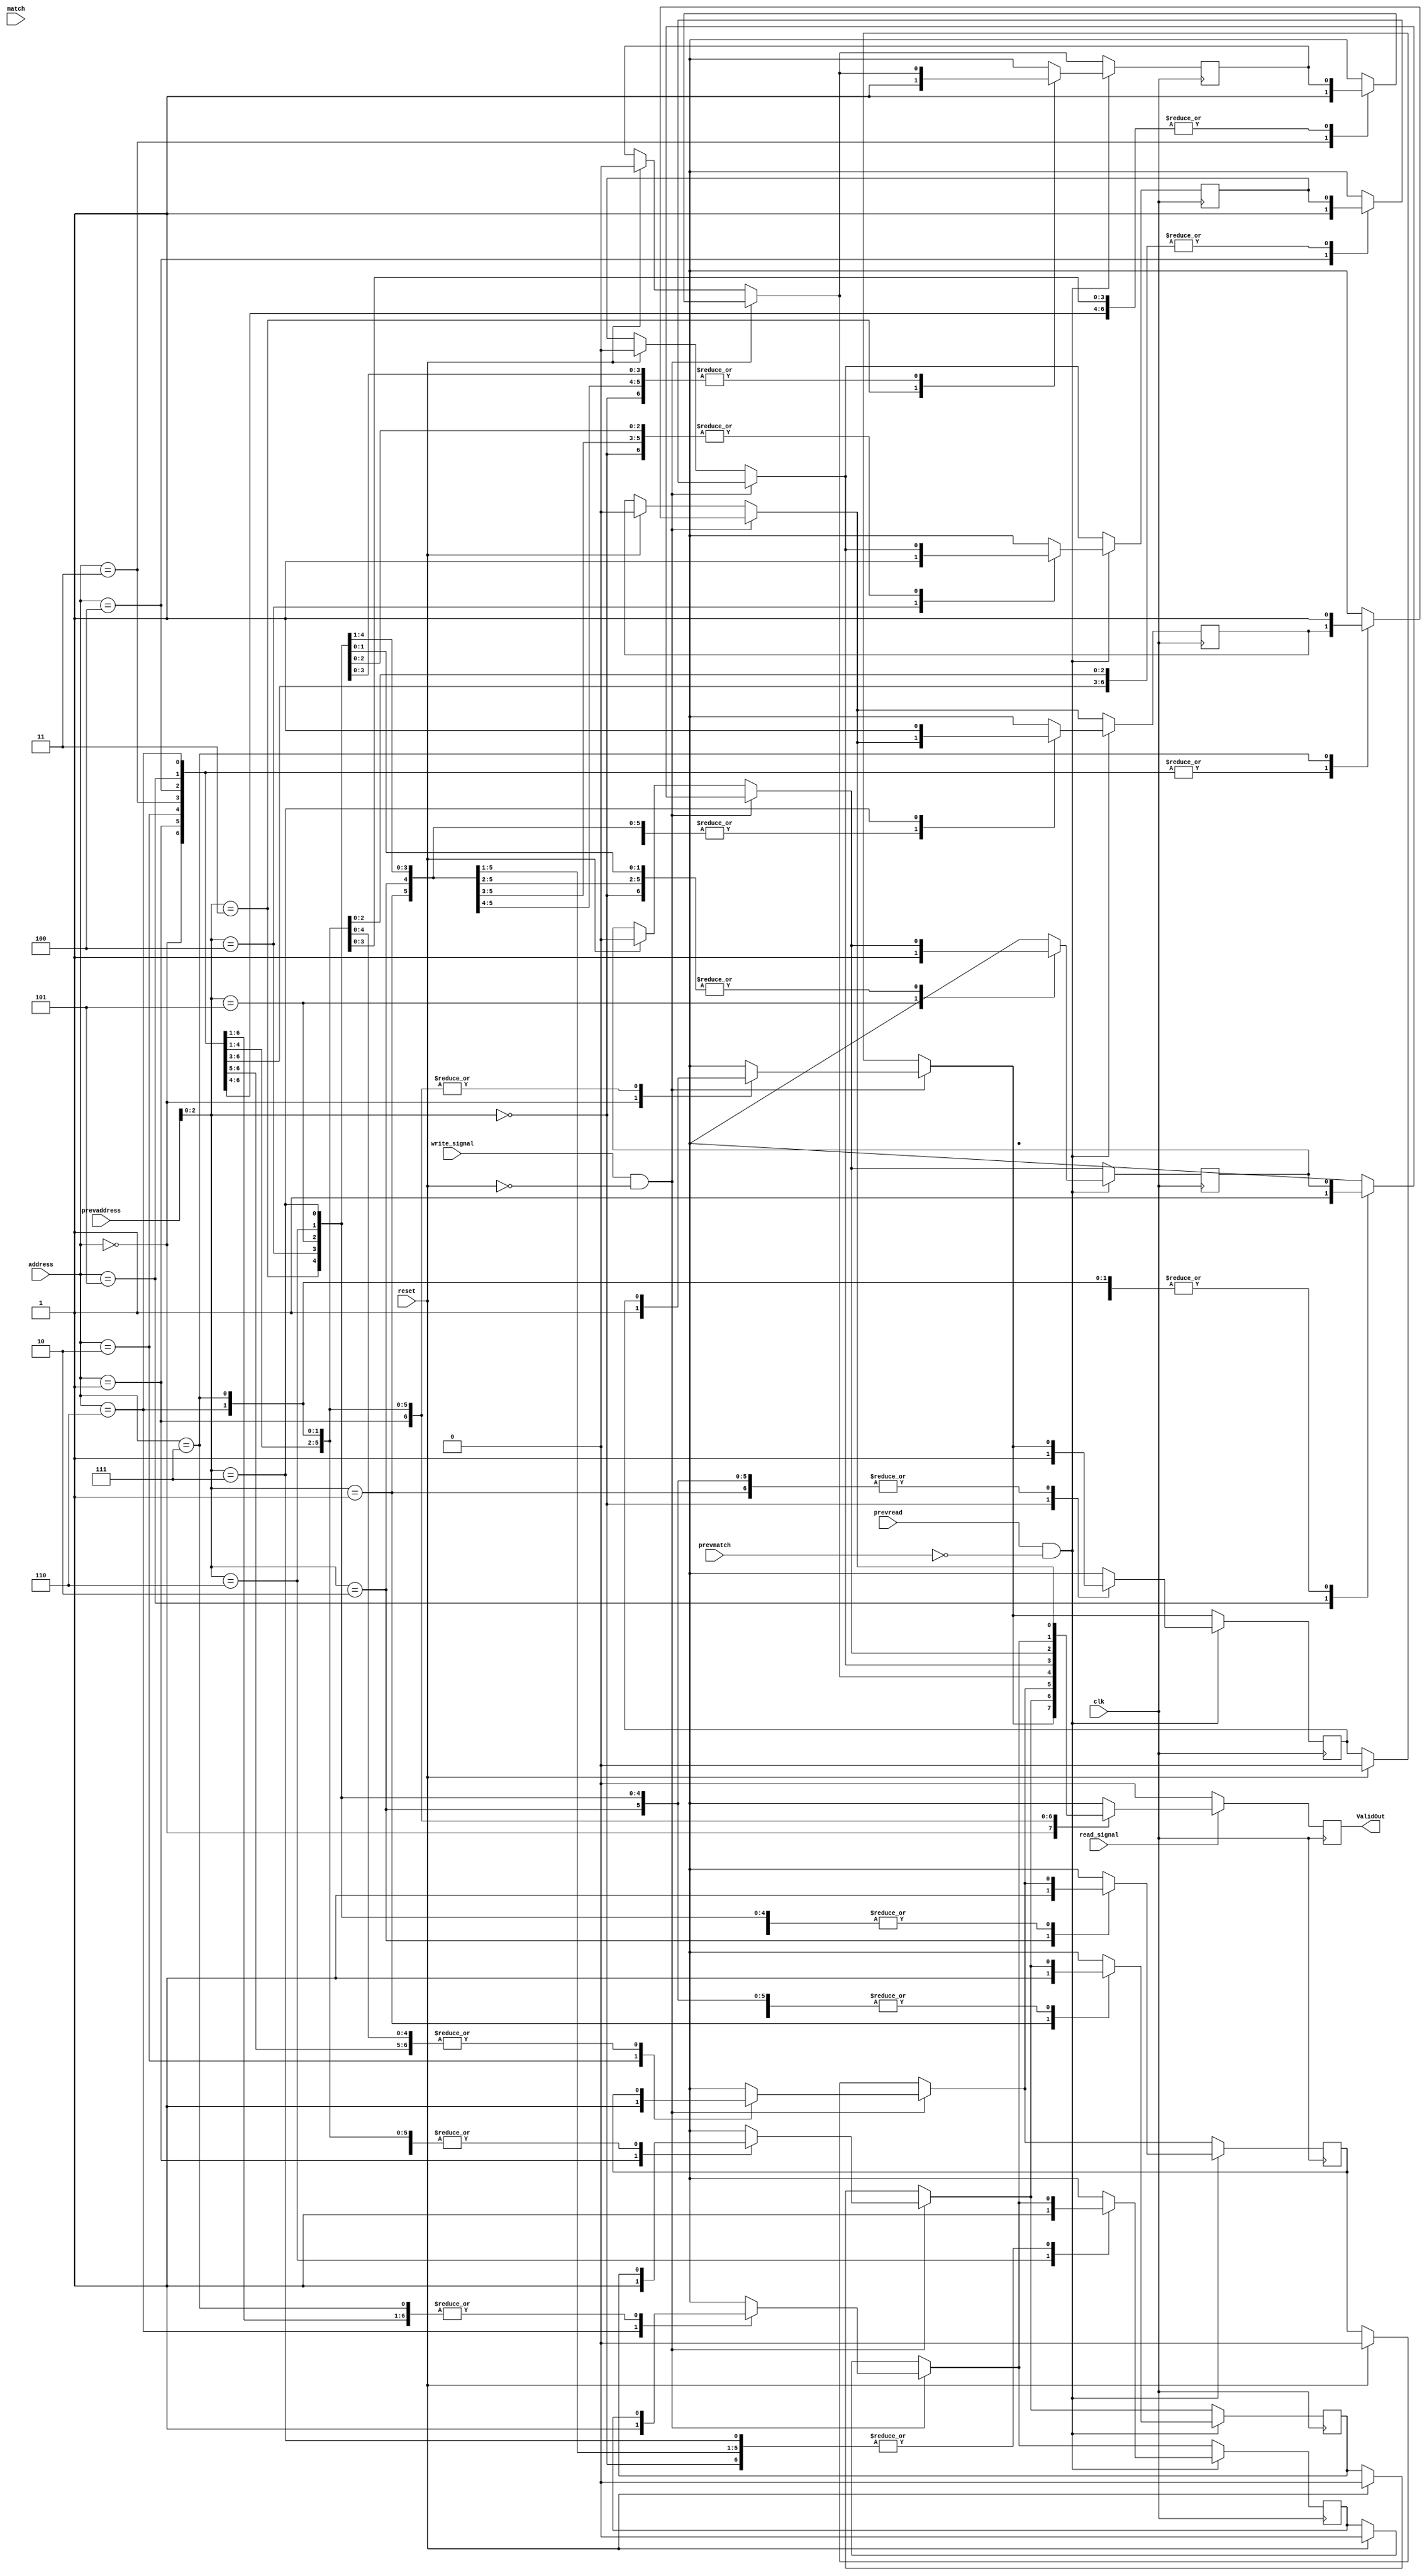
module ValidRam(address,ValidOut,write_signal,reset,clk,read_signal,prevread,match,prevaddress,prevmatch);
	
	parameter index = 3;                  
	parameter cachesize = 8;
	parameter memory_bits = 5;
	input[memory_bits-1:0] prevaddress;              //prev address which was accessed
	input match;								 // prev was a miss or a hit
	input prevread;
	input[index-1:0] address;                      // index field for address               
	input write_signal;                            // write_signal =1-> write else not 
	input reset;									
	input clk;
	input read_signal;
	output ValidOut;								// output valid bits
	integer i;
	reg ValidOut;
	reg Validbits[cachesize-1:0];					// registers or valid bits
	input prevmatch;
	always@(posedge clk)       // write
		begin
			if(write_signal==1&&reset==0)              
			//	$display("%d",address);
				Validbits[address] = 1;
			else if(reset==1)						//when reset ==1 validbits for all address -> 0
			begin
					for(i=0;i<cachesize;i++)
							Validbits[i] = 0;
			end
			if(read_signal==1)						
				ValidOut = Validbits[address];
			else 
				ValidOut = 0;
			if(prevread==1&&prevmatch==0)			//if previously we were reading and it was a miss then replace the block
				Validbits[prevaddress[index-1:0]] = 1; 
		end
	//initial begin
	//$monitor("%d",address);
	//end
//	always@(negedge clk)	  // read
//		begin
//			ValidOut = Validbits[address];
//		end
endmodule